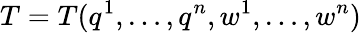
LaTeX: T=T(q^{1},\ldots,q^{n},w^{1},\ldots,w^{n})